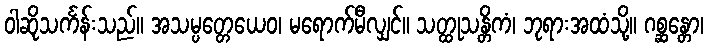
ဝါဆိုသင်္ကန်းသည်။ အသမ္ပတ္တေယေဝ၊ မရောက်မီလျှင်။ သတ္ထုသန္တိကံ၊ ဘုရားအထံသို့။ ဂစ္ဆန္တော၊